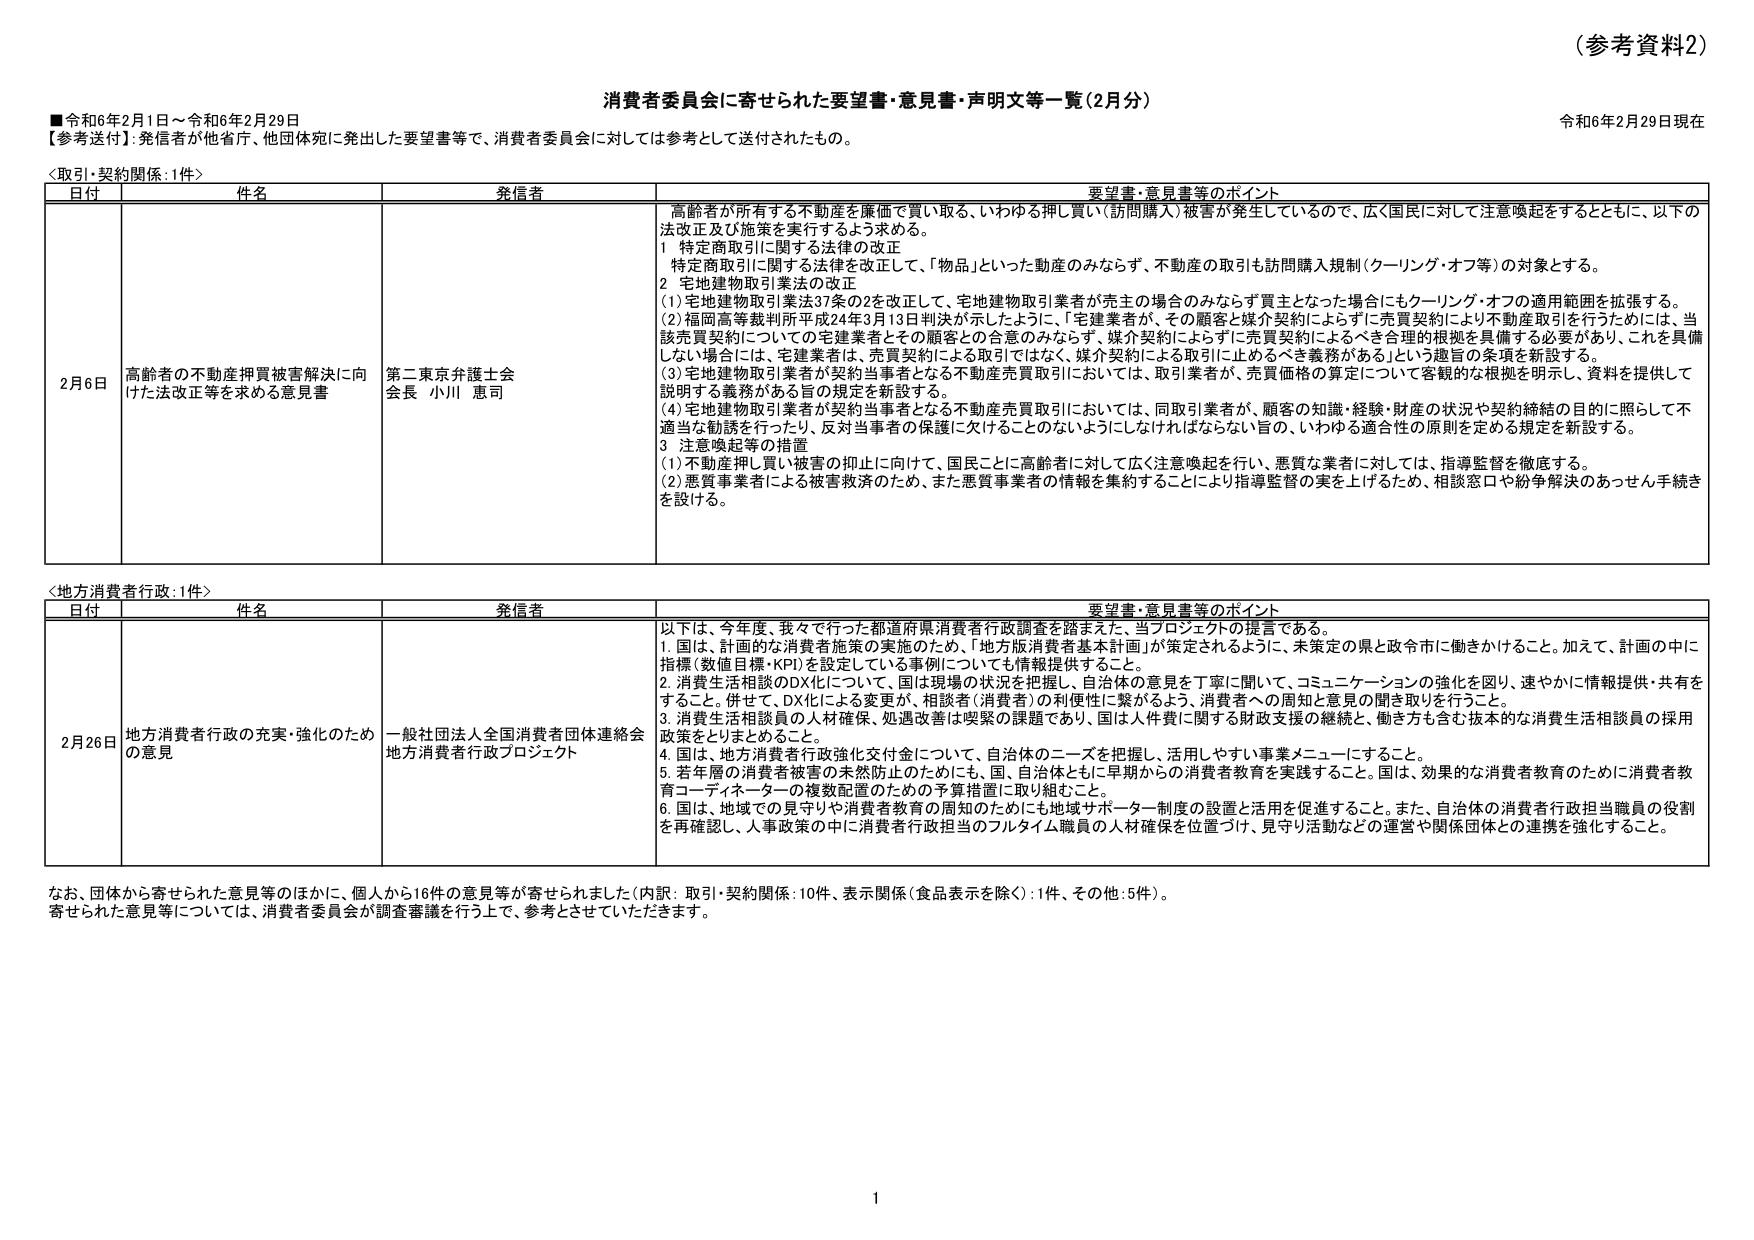
（参考資料2）

消費者委員会に寄せられた要望書・意見書・声明文等一覧（2月分）

■令和6年2月1日～令和6年2月29日
【参考送付】：発信者が他省庁、他団体宛に発出した要望書等で、消費者委員会に対しては参考として送付されたもの。
令和6年2月29日現在

＜取引・契約関係：1件＞
日付 件名 発信者 要望書・意見書等のポイント
2月6日 高齢者の不動産押買被害解決に向けた法改正等を求める意見書 第二東京弁護士会 会長 小川 恵司
高齢者が所有する不動産を廉価で買い取る、いわゆる押し買い（訪問購入）被害が発生しているので、広く国民に対して注意喚起をするとともに、以下の法改正及び施策を実行するよう求める。
1 特定商取引に関する法律の改正
特定商取引に関する法律を改正して、「物品」といった動産のみならず、不動産の取引も訪問購入規制（クーリング・オフ等）の対象とする。
2 宅地建物取引業法の改正
(1) 宅地建物取引業法37条の2を改正して、宅地建物取引業者が売主の場合のみならず買主となった場合にもクーリング・オフの適用範囲を拡張する。
(2) 福岡高等裁判所平成24年3月13日判決が示したように、「宅建業者が、その顧客と媒介契約によらずに売買契約により不動産取引を行うたびには、当該売買契約についての宅建業者とその顧客との合意のみならず、媒介契約によらずに売買契約によるべき合理的根拠を具備する必要があり、これを具備しない場合には、宅建業者は、売買契約による取引ではなく、媒介契約による取引に止めるべき義務がある」という趣旨の条項を新設する。
(3) 宅地建物取引業者が契約当事者となる不動産売買取引においては、取引業者が、売買価格の算定について客観的な根拠を明示し、資料を提供して説明する義務がある旨の規定を新設する。
(4) 宅地建物取引業者が契約当事者となる不動産売買取引においては、同取引業者が、顧客の知識・経験・財産の状況や契約締結の目的に照らして不適当な勧誘を行ったり、反対当事者の保護に欠けることのないようにしなければならない旨の、いわゆる適合性の原則を定める規定を新設する。
3 注意喚起等の措置
(1) 不動産押し買い被害の抑止に向けて、国民ごとに高齢者に対して広く注意喚起を行い、悪質な業者に対しては、指導監督を徹底する。
(2) 悪質事業者による被害救済のため、また悪質事業者の情報を集約することにより指導監督の実を上げるため、相談窓口や紛争解決のあっせん手続きを設ける。

＜地方消費者行政：1件＞
日付 件名 発信者 要望書・意見書等のポイント
2月26日 地方消費者行政の充実・強化のための意見 一般社団法人全国消費者団体連絡会 地方消費者行政プロジェクト
以下は、今年度、我々で行った都道府県消費者行政調査を踏まえた、当プロジェクトの提言である。
1. 国は、計画的な消費者施策の実施のため、「地方版消費者基本計画」が策定されるように、未策定の県と政令市に働きかけること。加えて、計画の中に指標（数値目標・KPI）を設定している事例についても情報提供すること。
2. 消費生活相談のDX化について、国は現場の状況を把握し、自治体の意見を丁寧に聞いて、コミュニケーションの強化を図り、速やかに情報提供・共有をすること。併せて、DX化による変更が、相談者（消費者）の利便性に繋がるよう、消費者への周知と意見の聞き取りを行うこと。
3. 消費生活相談員の人材確保、処遇改善は喫緊の課題であり、国は人件費に関する財政支援の継続と、働き方も含む抜本的な消費生活相談員の採用政策をとりまとめること。
4. 国は、地方消費者行政強化交付金について、自治体のニーズを把握し、活用しやすい事業メニューにすること。
5. 若年層の消費者被害の未然防止のためにも、国、自治体ともに早期からの消費者教育を実践すること。国は、効果的な消費者教育のために消費者教育コーディネーターの複数配置のための予算措置に取り組むこと。
6. 国は、地域での見守りや消費者教育の周知のためにも地域サポーター制度の設置と活用を促進すること。また、自治体の消費者行政担当職員の役割を再確認し、人事政策の中に消費者行政担当のフルタイム職員の人材確保を位置づけ、見守り活動などの運営や関係団体との連携を強化すること。

なお、団体から寄せられた意見等のほかに、個人から16件の意見等が寄せられました（内訳：取引・契約関係：10件、表示関係（食品表示を除く）：1件、その他：5件）。
寄せられた意見等については、消費者委員会が調査審議を行う上で、参考とさせていただきます。

1